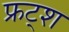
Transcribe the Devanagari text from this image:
फ्रट्श